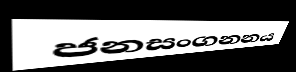
ජනසංගනනය